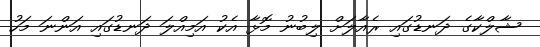
ޝާލްކާގެ ދަނޑުގައި ރެއާލަށް ލިބުނު މޮޅާ އެކު އަމިއްލަ ދަނޑުގައި އަންނަ މަހު